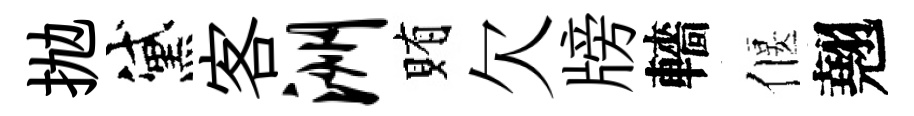
抛黛客洲賄欠牓轖偃翹